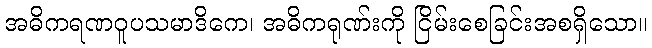
အဓိကရဏဝူပသမာဒိကေ၊ အဓိကရုဏ်းကို ငြိမ်းစေခြင်းအစရှိသော။